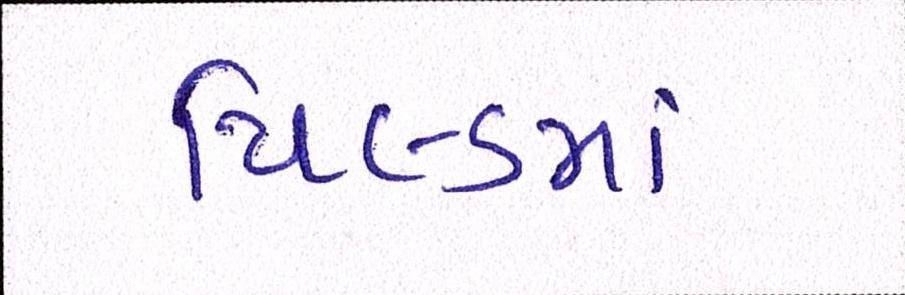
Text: યિલ્ડમાં